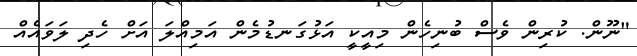
"ނޫން. ކުރިން ވެސް ބުނިހެން މިއީކީ އަޅުގަނޑުމެން އަމިއްލަ އަށް ހެދި ލަވައެއް